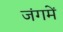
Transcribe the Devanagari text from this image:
जंगमें